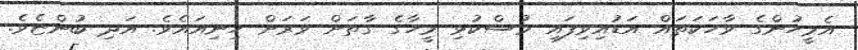
އެމީހުންގެ ވާހަކަތައް އަޑުއިވިފައި މުސްކުޅި މީހާގެ ގާތަށް ވަރަށް ހިނިއައެވެ. އަދި ބުންޏެވެ.